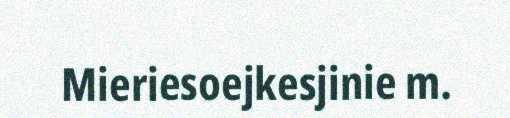
Mieriesoejkesjinie m.